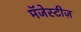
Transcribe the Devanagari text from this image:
मॅजेस्टीज़